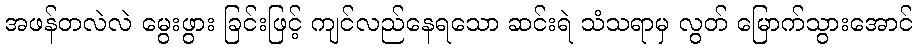
အဖန်တလဲလဲ မွေးဖွား ခြင်းဖြင့် ကျင်လည်နေရသော ဆင်းရဲ သံသရာမှ လွတ် မြောက်သွားအောင်